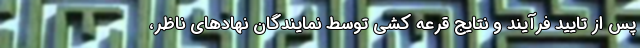
پس از تایید فرآیند و نتایج قرعه کشی توسط نمایندگان نهادهای ناظر،‌